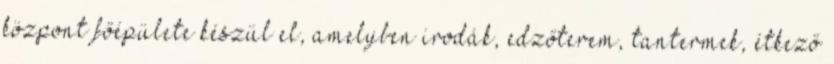
központ főépülete készül el, amelyben irodák, edzőterem, tantermek, étkező